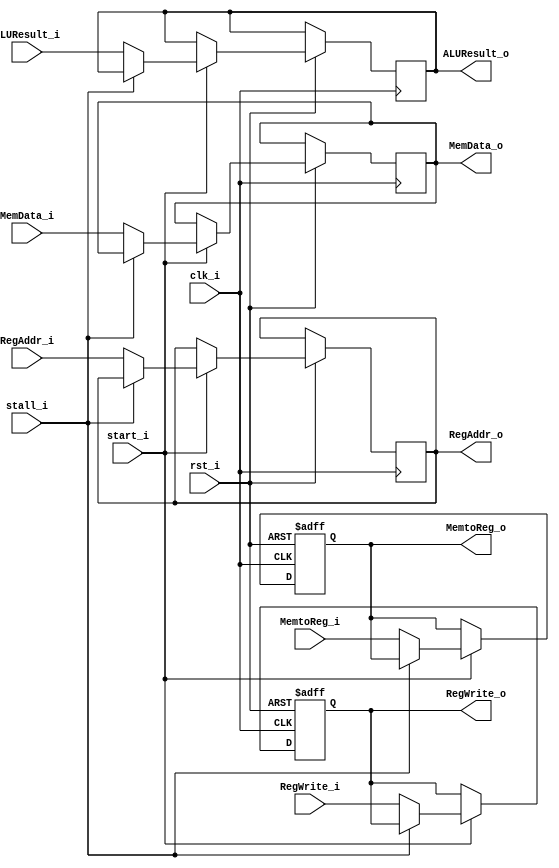
module MEM_WB (
    clk_i, start_i, rst_i, stall_i,

    MemtoReg_i, RegWrite_i, ALUResult_i, MemData_i, RegAddr_i,
    MemtoReg_o, RegWrite_o, ALUResult_o, MemData_o, RegAddr_o
);

input clk_i, start_i, rst_i, stall_i;

input           MemtoReg_i, RegWrite_i;
input  [31:0]   ALUResult_i, MemData_i;
input  [4:0]    RegAddr_i;
output          MemtoReg_o, RegWrite_o;
output [31:0]   ALUResult_o, MemData_o;
output  [4:0]   RegAddr_o;

reg             MemtoReg  , RegWrite  ;
reg    [31:0]   ALUResult  , MemData  ;
reg     [4:0]   RegAddr  ;

assign MemtoReg_o = MemtoReg;
assign RegWrite_o = RegWrite;
assign ALUResult_o = ALUResult;
assign MemData_o = MemData;
assign RegAddr_o = RegAddr;

always @(posedge clk_i or negedge rst_i) begin
    if (~rst_i) begin
        MemtoReg = 1'b0;
        RegWrite = 1'b0;
    end
    else if (start_i) begin
        if (~stall_i) begin
            MemtoReg <= MemtoReg_i;
            RegWrite <= RegWrite_i;
            ALUResult <= ALUResult_i;
            MemData <= MemData_i;
            RegAddr <= RegAddr_i;
        end
    end
end

endmodule